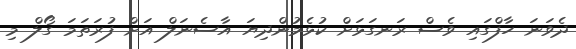
ދެވަނަ ހާފްގައި ވެސް ރަނގަޅަށް ކުޅެމުންދިޔަ އާސެނަލް އަށް ފުރަތަމަ ގޯލް މި